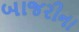
બાજરીના